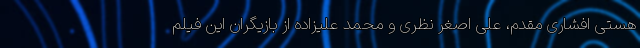
هستی افشاری مقدم، علی اصغر نظری و محمد علیزاده از بازیگران این فیلم